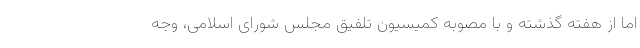
اما از هفته گذشته و با مصوبه کمیسیون تلفیق مجلس شورای اسلامی، وجه